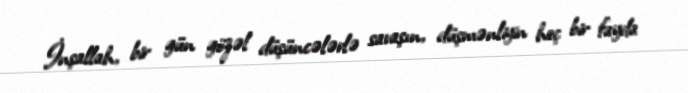
İnşallah, bir gün gözəl düşüncələrlə savaşın, düşmənliyin heç bir fayda